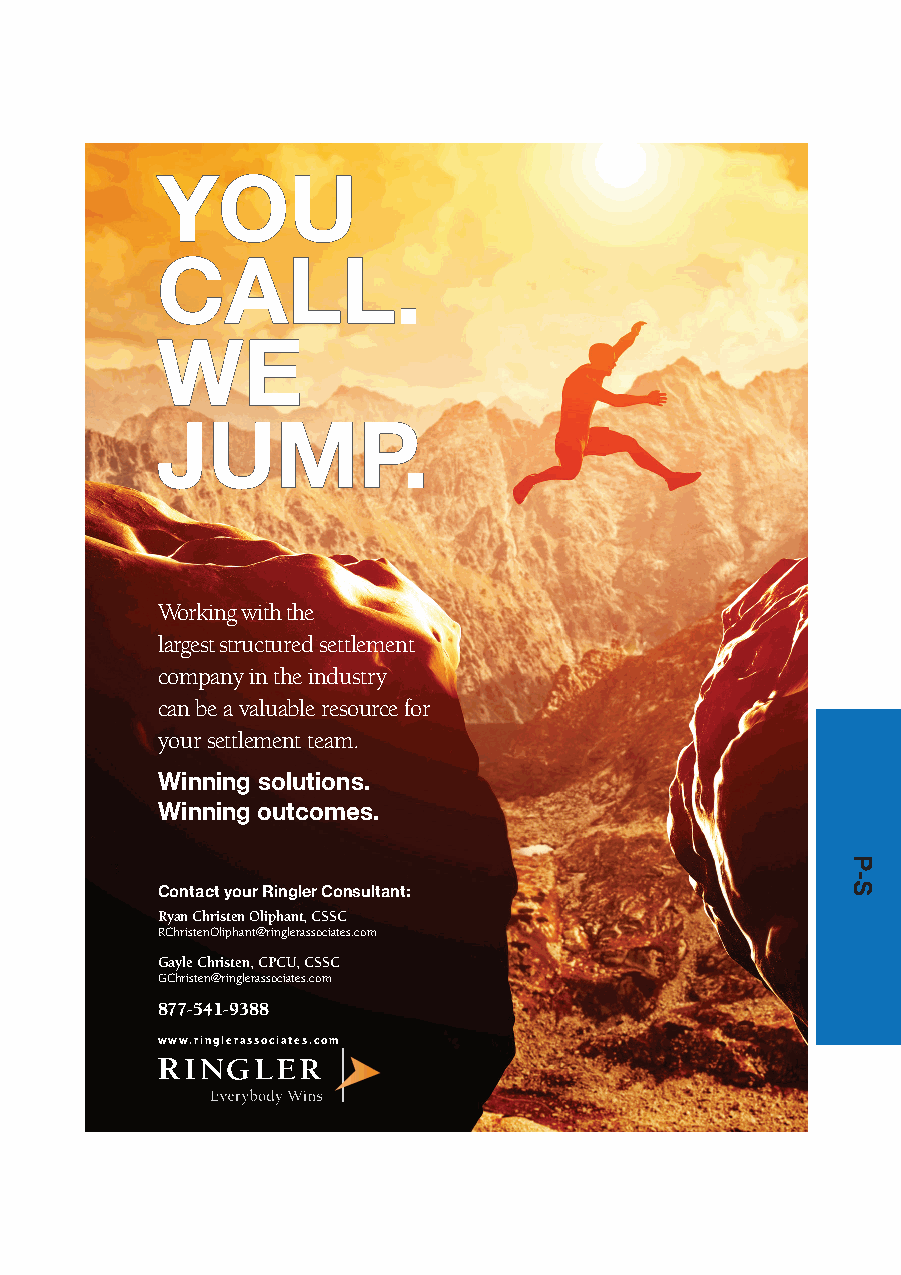
YYOOUU
 CCAALLLL..
 WWEE
 JJUUMMPP..
 Working with the
 largest structured settlement
 company in the industry
 can be a valuable resource for
 your settlement team.
 Winning solutions.
 Winning outcomes.
 Contact your Ringler Consultant:
 Ryan Christen Oliphant, CSSC
 RChristenOliphant@ringlerassociates.com
 Gayle Christen, CPCU, CSSC
 GChristen@ringlerassociates.com
 877-541-9388
 www.ringlerassociates.com
 P-S